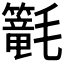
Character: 𣰴